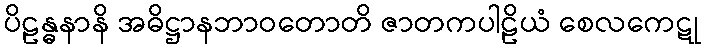
ပိဠန္ဓနာနိ အဓိဋ္ဌာနဘာဝတောတိ ဇာတကပါဠိယံ စေလကေဋု